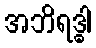
အဘိရဒ္ဓါ